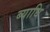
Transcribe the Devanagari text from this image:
ब्‍याधि